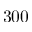
3 0 0